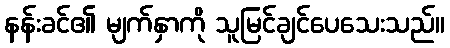
နန်းခင်၏ မျက်နှာကို သူမြင်ချင်ပေသေးသည်။